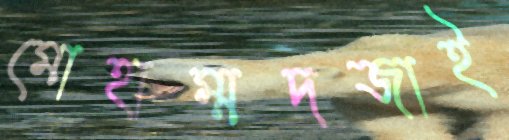
মোহাম্মদজাই